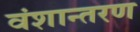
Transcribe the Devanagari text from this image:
वंशान्तरण